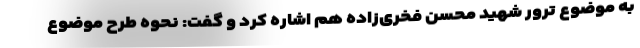
به موضوع ترور شهید محسن فخری‌زاده هم اشاره کرد و گفت: نحوه طرح موضوع